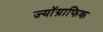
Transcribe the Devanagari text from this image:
ज्यॉग्राफिक